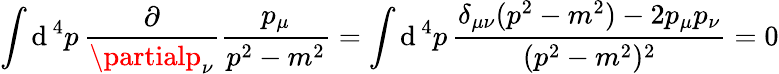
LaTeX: \int\mathrm{d}^{\, 4}p\, {\frac{{\partial}}{{\partialp_{\nu}}}}{\frac{{p_{\mu}}}{{p^{2}-m^{2}}}}=\int\mathrm{d}^{\, 4}p\, {\frac{{\delta_{\mu\nu}(p^{2}-m^{2})-2p_{\mu}p_{\nu}}}{{(p^{2}-m^{2})^{2}}}}=0